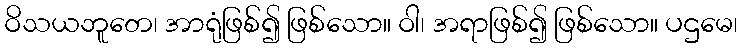
ဝိသယဘူတေ၊ အာရုံဖြစ်၍ ဖြစ်သော။ ဝါ၊ အရာဖြစ်၍ ဖြစ်သော။ ပဌမေ၊